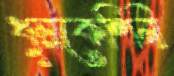
ধুম্রকেশিনী